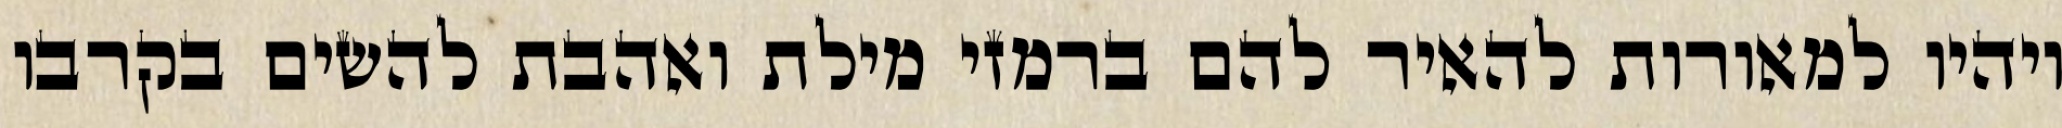
ויהיו למאורות להאיר להם ברמזי מילת ואהבת להשים בקרבו